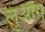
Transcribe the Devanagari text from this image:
लुओंग